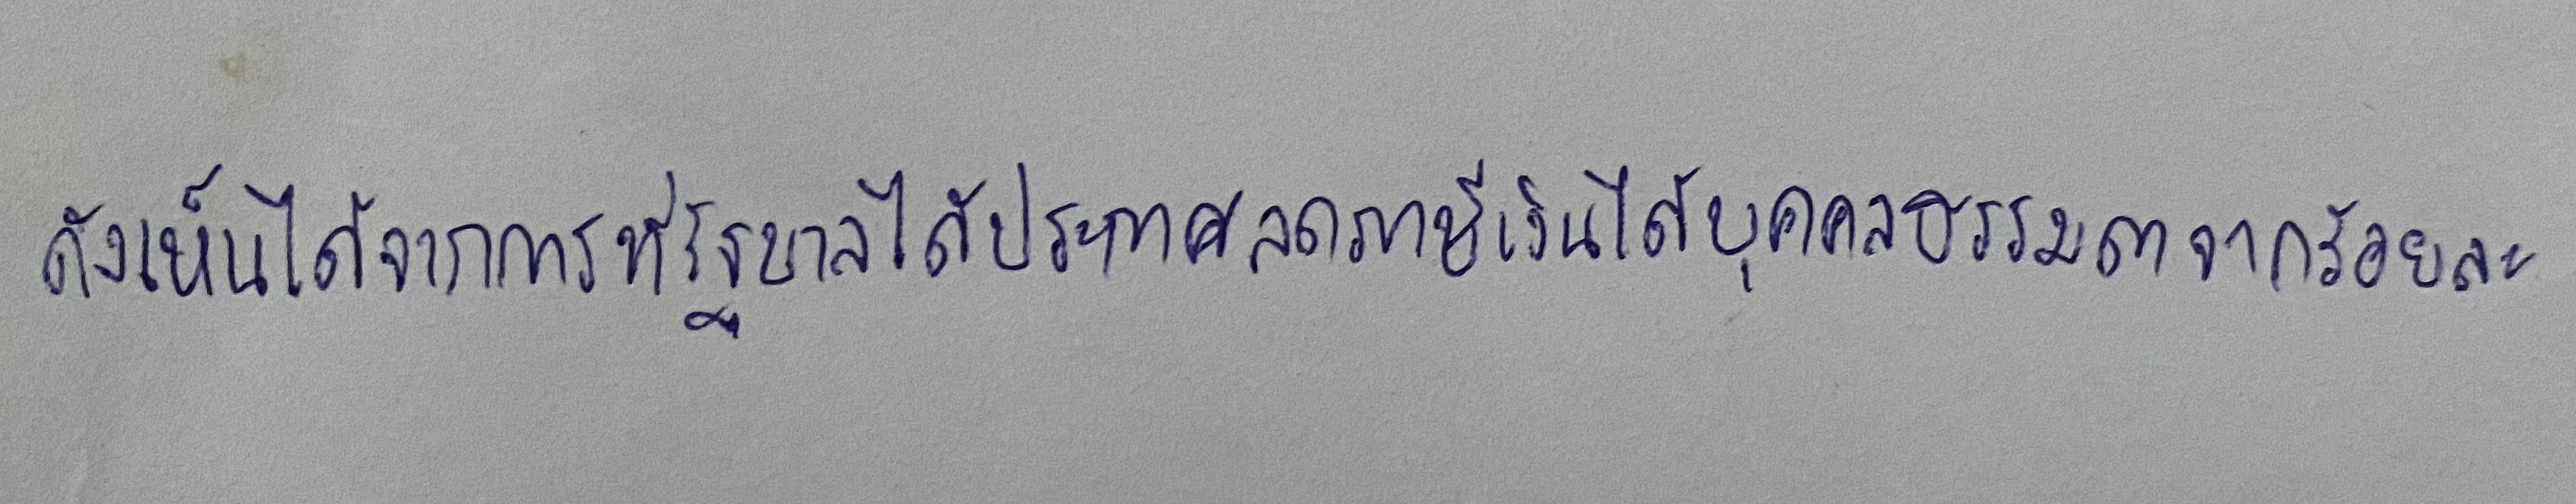
ดังเห็นได้จากการที่รัฐบาลได้ประกาศลดภาษีเงินได้บุคคลธรรมดาจากร้อยละ